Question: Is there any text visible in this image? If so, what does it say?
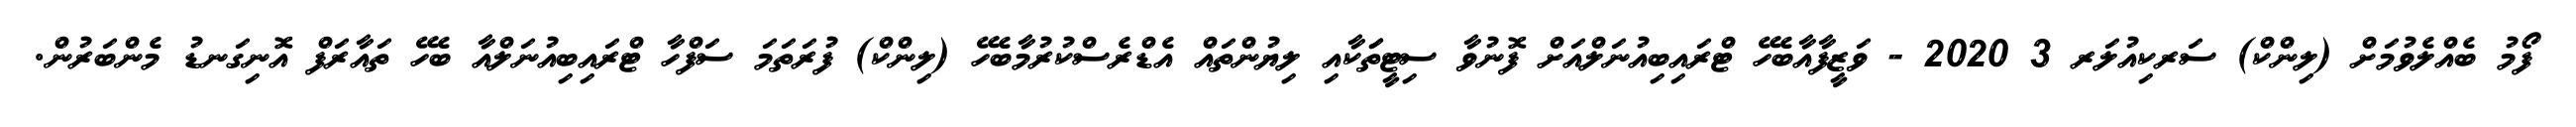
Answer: ފޯމު ބެއްލެވުމަށް (ލިންކް) ސަރކިއުލަރ 3 2020 - ވަޒީފާއާބެހޭ ޓްރައިބިއުނަލްއަށް ފޮނުވާ ސިޓީތަަކާއި ލިޔުންތައް އެޑްރެސްކުރުމާބެހޭ (ލިންކް) ފުރަތަމަ ސަފްހާ ޓްރައިބިއުނަލްއާ ބެހޭ ތައާރަފް އޮނިގަނޑު މެންބަރުން.